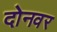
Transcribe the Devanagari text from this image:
दोनवर